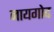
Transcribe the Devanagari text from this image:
नायगोद